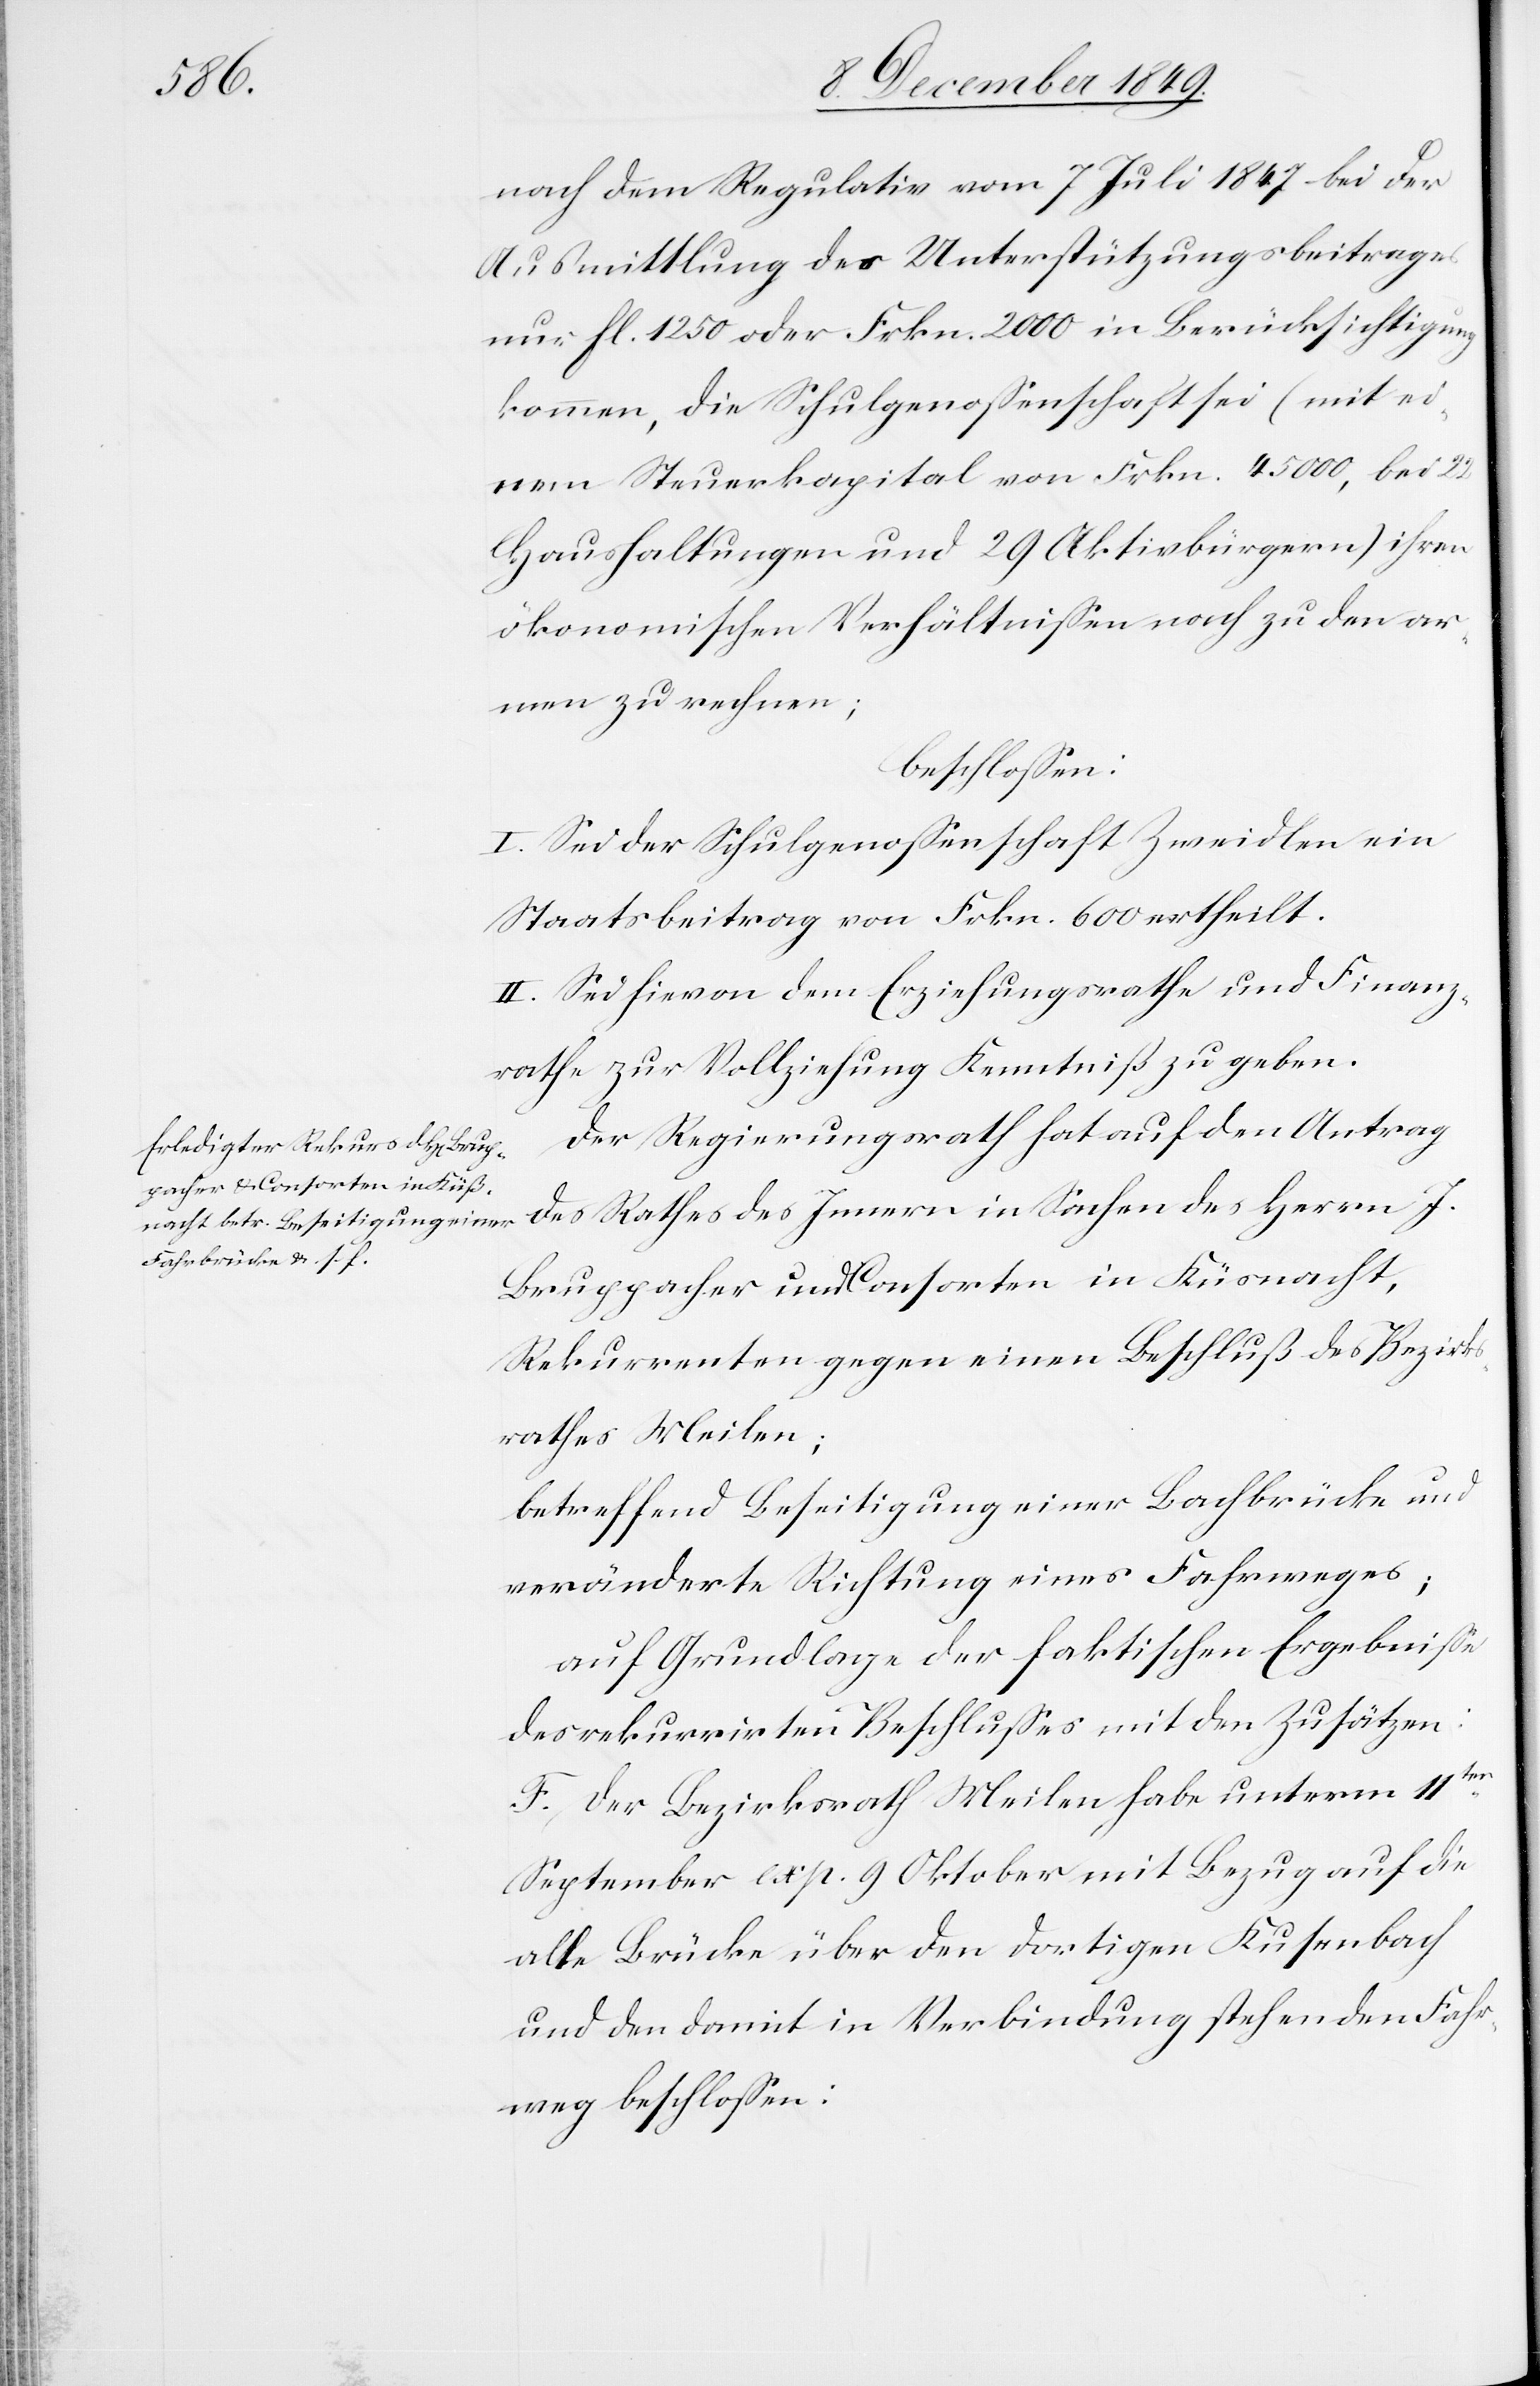
nach dem Regulativ vom 7 Juli 1847 bei der
Ausmittlung des Unterstützungsbeitrages
nur fl. 1250 oder Frkn. 2000 in Berücksichtigung
kommen, die Schulgenoßenschaft sei (mit ei¬
nem Steuerkapital von Frkn. 45000, bei 22
Haushaltungen und 29 Aktivbürgern) ihren
ökonomischen Verhältnißen nach zu den ar¬
men zu rechnen;
beschloßen:
I. Sei der Schulgenoßenschaft Zweidlen ein
Staatsbeitrag von Frkn. 600 ertheilt.
II. Sei hievon dem Erziehungsrathe und Finanz¬
rathe zur Vollziehung Kenntniß zu geben.
Der Regierungsrath hat auf den Antrag
des Rathes des Innern in Sachen des Herrn J.
Bruppacher und Consorten in Küsnacht,
Rekurrenten gegen einen Beschluß des Bezirks¬
rathes Meilen;
betreffend Beseitigung einer Bachbrücke und
veränderte Richtung eines Fahrweges;
auf Grundlage der faktischen Ergebniße
des rekurrirten Beschlußes mit den Zusätzen:
F. Der Bezirksrath Meilen habe unterm 11ten
September exp. 9 Oktober mit Bezug auf die
alte Brücke über den dortigen Kusenbach
und den damit in Verbindung stehenden Fahr¬
weg beschloßen: